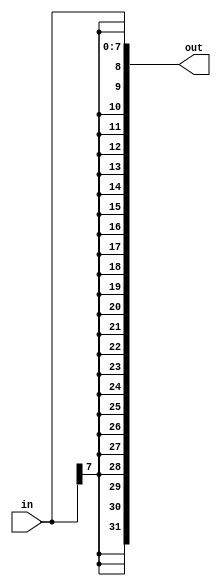
module top_module (
    input [7:0] in,
    output [31:0] out );//

    // assign out = { replicate-sign-bit , the-input };
    assign out = { {25{in[7]}}, in[6:0]};
    
endmodule